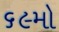
૬૯મો